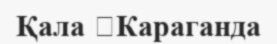
Қала 	Караганда